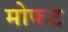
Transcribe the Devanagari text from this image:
मोफट